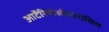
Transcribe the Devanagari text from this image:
आर्टेरियोस्केलेरोसिस